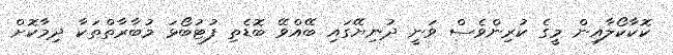
ކޮކާކޯލާއިން މީގެ ކުރިންވެސް ވަނީ ދުނިޔޭގައި ބޭއްވޭ ބޮޑެތި ފުޓުބޯޅަ މުބާރާތްތަކާ ދިމާކޮށް